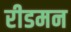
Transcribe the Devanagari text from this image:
रीडमन